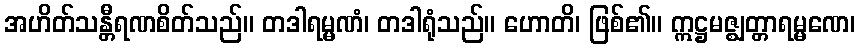
အဟိတ်သန္တီရဏစိတ်သည်။ တဒါရမ္မဏံ၊ တဒါရုံသည်။ ဟောတိ၊ ဖြစ်၏။ ဣဋ္ဌမဇ္ဈတ္တာရမ္မဏေ၊